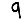
Digit: 9